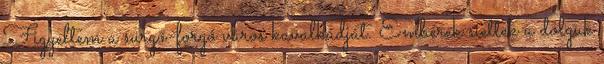
Figyeltem a sürgő-forgó város kavalkádját. Emberek siettek a dolguk